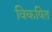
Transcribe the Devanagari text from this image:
विकषित